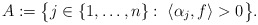
\begin{align*}A := \big\{j \in \{1, \dots, n\} : \; \langle \alpha_j, f \rangle > 0 \big\}.\end{align*}